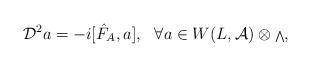
LaTeX: \begin{align*}{\cal D}^2a=-i[{\hat F}_A,a],\ \ \forall a\in W(L,{\cal A})\otimes {\scriptstyle \bigwedge},\end{align*}